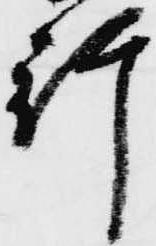
行